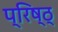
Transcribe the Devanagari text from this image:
प्रिष्ठ्